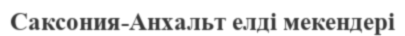
Саксония-Анхальт елді мекендері